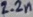
Text: 2.2n